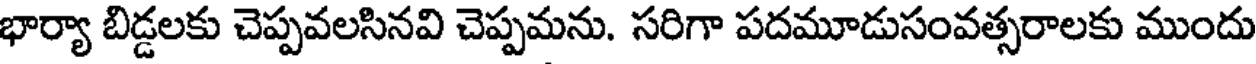
భార్యా బిడ్డలకు చెప్పవలసినవి చెప్పమను. సరిగా పదమూడుసంవత్సరాలకు ముందు